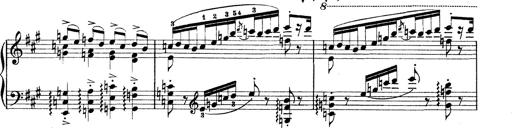
Title: Rapsodie: 19 ungheresi, 1 spagnuola
Composer: Franz Liszt